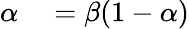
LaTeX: \begin{array}{rl}{\alpha}&{{}=\beta(1-\alpha)}\end{array}